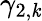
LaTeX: \gamma_{2,\mathit{k}}